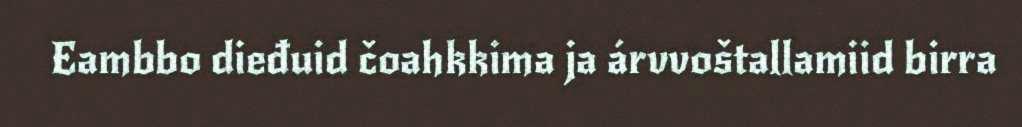
Eambbo dieđuid čoahkkima ja árvvoštallamiid birra